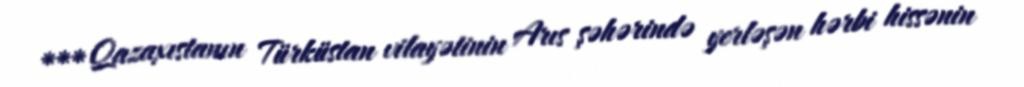
*** Qazaxıstanın Türküstan vilayətinin Arıs şəhərində yerləşən hərbi hissənin